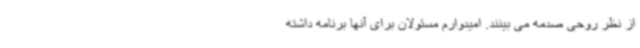
از نظر روحی صدمه می بینند. امیدوارم مسئولان برای آنها برنامه داشته